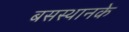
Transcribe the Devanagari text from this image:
बसस्थानके